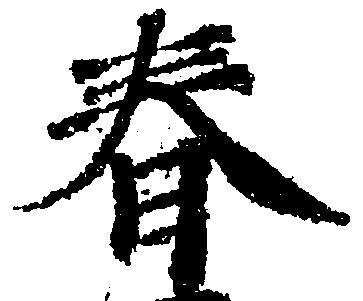
春